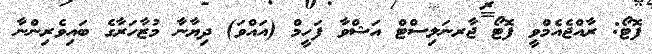
ފޮޓޯ: ރާއްޖެއެމްވީ ފޮޓޯ ޖާރނަލިސްޓް އަޝްވާ ފަހީމް (އައްވަ) ދިޔާނާ މުޒާހަރާގެ ބައިވެރިންނާ